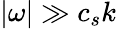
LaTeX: |\omega|\gg c_{s}k